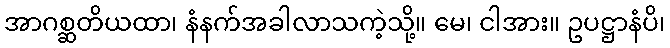
အာဂစ္ဆတိယထာ၊ နံနက်အခါလာသကဲ့သို့။ မေ၊ ငါအား။ ဥပဋ္ဌာနံပိ၊